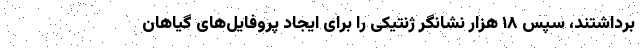
برداشتند، سپس ۱۸ هزار نشانگر ژنتیکی را برای ایجاد پروفایل‌های گیاهان